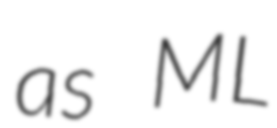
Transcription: as ML